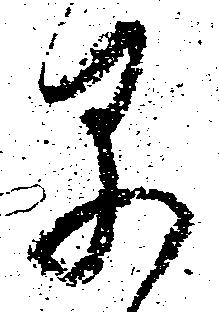
早